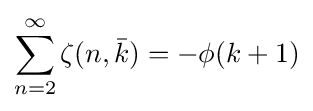
\sum _{n=2}^{\infty }\zeta (n,{\bar {k}})=-\phi (k+1)